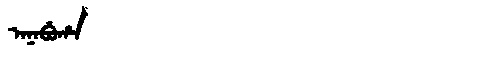
Manchu: ᠠᠨᠠᠪᡠᡥᠠ
Romanization: ANABUHA